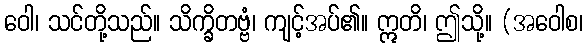
ဝေါ၊ သင်တို့သည်။ သိက္ခိတဗ္ဗံ၊ ကျင့်အပ်၏။ ဣတိ၊ ဤသို့။ (အဝေါစ၊